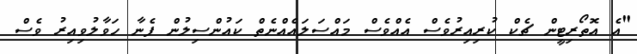
"އެ އޮތޯރިޓީން ޗެކް ކުރިއިރުވެސް އެއްވެސް މައްސަލައެއްނެތް ކައުންސިލުން ފެނާ ހަވާލުވިއިރު ވެސް